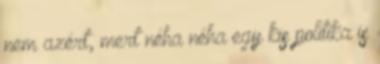
nem azért, mert néha néha egy kis politika is